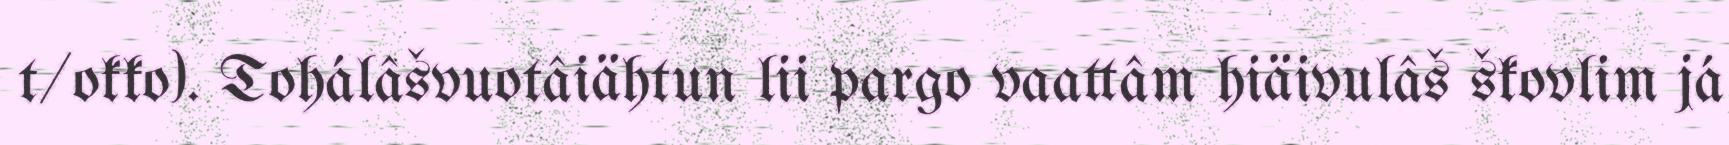
t/okko). Tohálâšvuotâiähtun lii pargo vaattâm hiäivulâš škovlim já